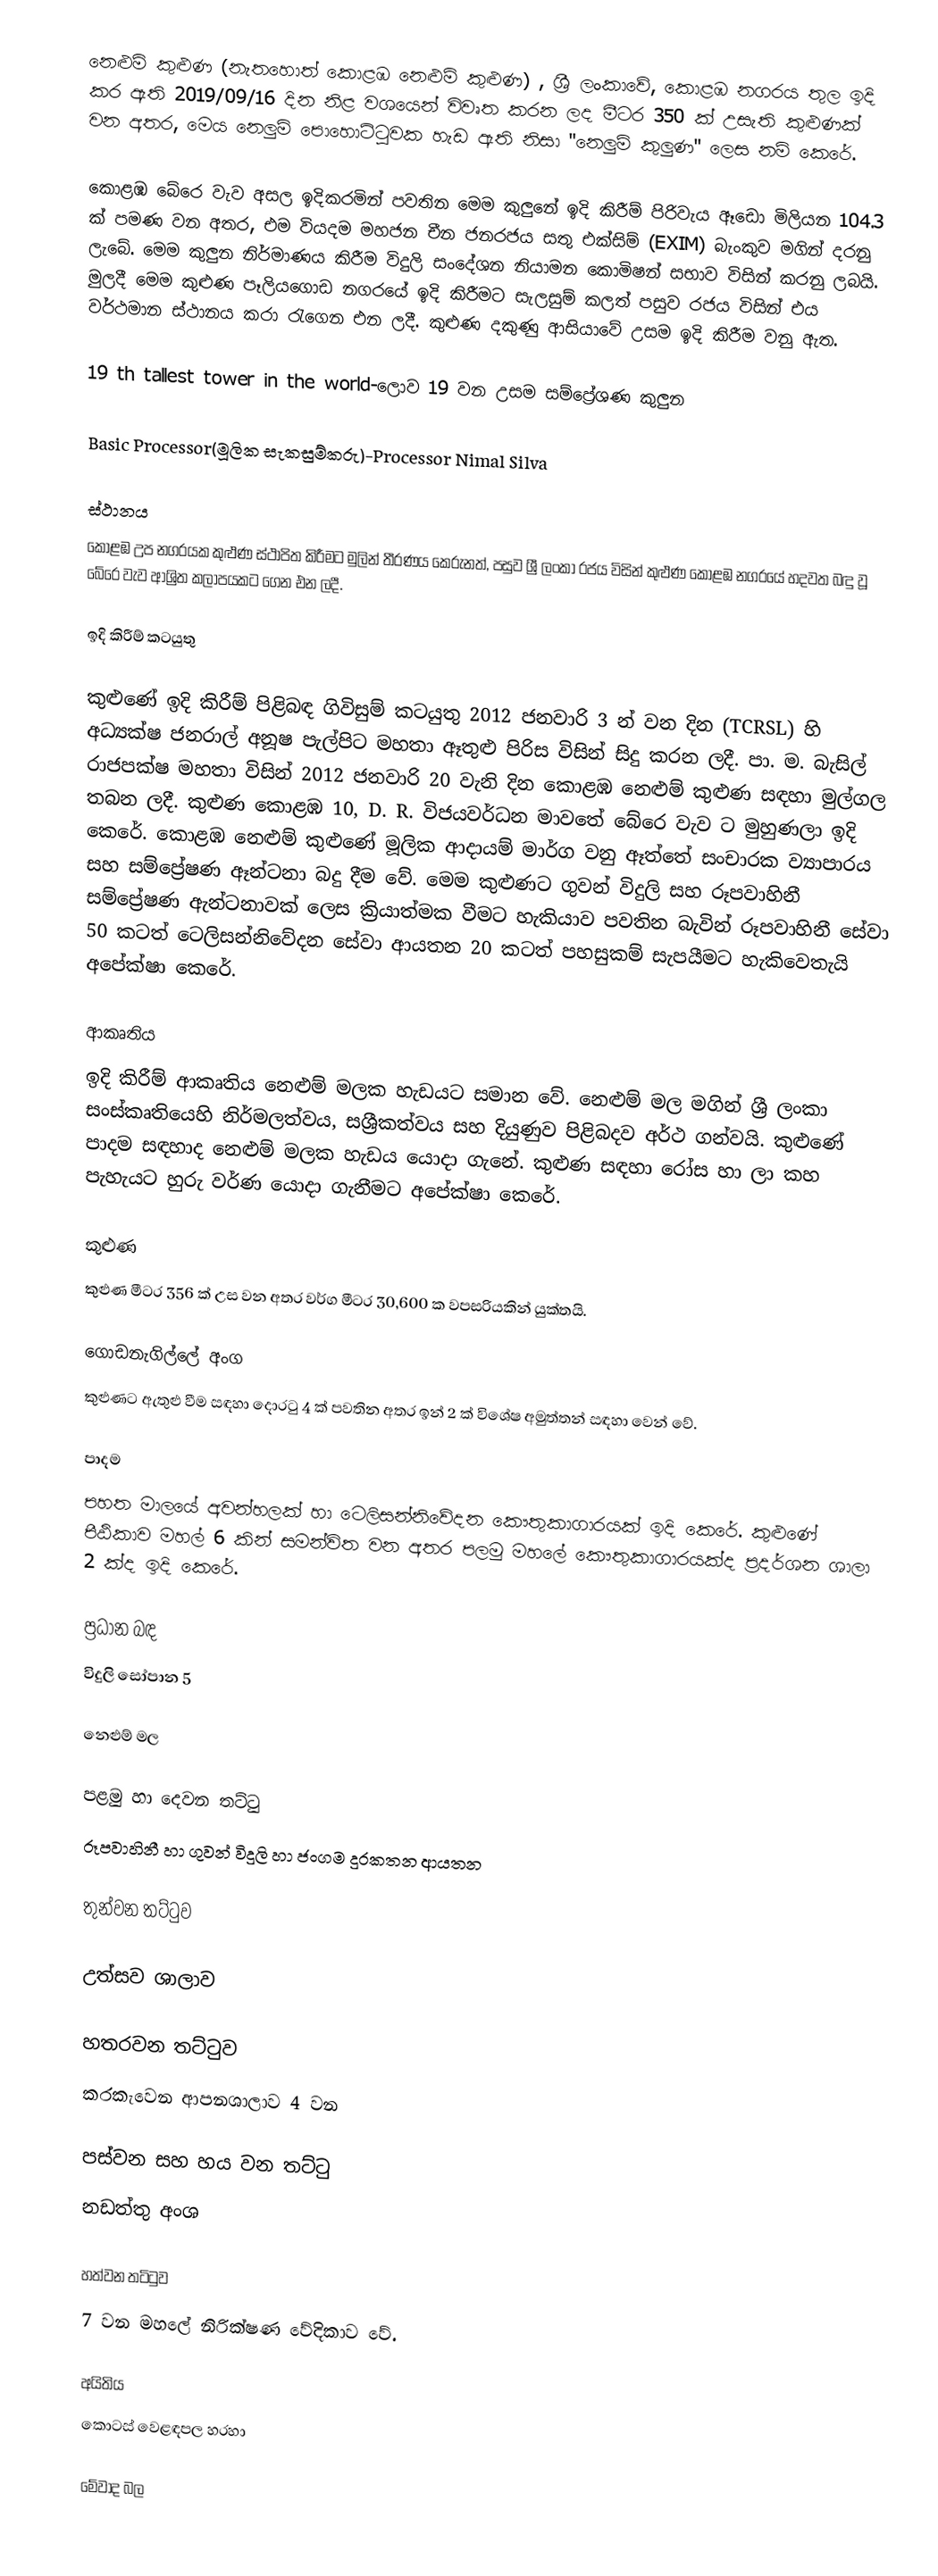
නෙළුම් කුළුණ (නැතහොත් කොළඹ නෙළුම් කුළුණ) , ශ්‍රී ලංකාවේ, කොළඹ නගරය තුල ඉදි කර ඇති 2019/09/16 දින නිළ වශයෙන් විවෘත කරන ලද   මීටර 350 ක් උසැති කුළුණක් වන අතර, මෙය නෙලුම් පොහොට්ටුවක හැඩ ඇති නිසා "නෙලුම් කුලුණ" ලෙස නම් කෙරේ.

‍කොළඹ බේරෙ වැව අසල ඉදිකරමින් පවතින මෙම කුලුනේ ඉදි කිරීම් පිරිවැය ඈඩො මිලියන 104.3 ක් පමණ වන අතර, එම වියදම  මහජන චීන ජනරජය සතු එක්සිම් (EXIM) බැංකුව මගින් දරනු ලැබේ. මෙම කුලුන නිර්මාණය කිරීම විදුලි සංදේශන නියාමන කොමිෂන් සභාව විසින් කරනු ලබයි.  මුලදී මෙම කුළුණ  පෑලියගොඩ නගරයේ ඉදි කිරීමට සැලසුම් කලත් පසුව රජය විසින් එය වර්ථමාන ස්ථානය කරා රැගෙන එන ලදී. කුළුණ දකුණු ආසියාවේ උසම ඉදි කිරීම වනු ඇත.

19 th tallest tower in the world-ලොව 19 වන උසම සම්ප්‍රේශණ කුලුන

Basic Processor(මූලික සැකසුම්කරු)-Processor Nimal Silva

ස්ථානය
කොළඹ උප නගරයක කුළුණ ස්ථාපිත කිරීමට මුලින් තීරණය කෙරුනත්, පසුව ශ්‍රී ලංකා රජය විසින් කුළුණ කොළඹ නගරයේ හදවත බඳු වූ බේරෙ වැව ආශ්‍රිත කලාපයකට ගෙන එන ලදී.

ඉදි කිරීම් කටයුතු

කුළුණේ ඉදි කිරීම් පිළිබඳ ගිවිසුම් කටයුතු 2012 ජනවාරි 3 න් වන දින (TCRSL) හි අධ්‍යක්ෂ ජනරාල් අනූෂ පැල්පිට මහතා ඈතුළු පිරිස විසින් සිදු කරන ලදී. පා. ම. බැසිල් රාජපක්ෂ මහතා විසින් 2012 ජනවාරි 20 වැනි දින කොළඹ නෙළුම් කුළුණ සඳහා මුල්ගල තබන ලදී. කුළුණ කොළඹ 10, D. R. විජයවර්ධන මාවතේ  බේරෙ වැව  ට මුහුණලා ඉදි කෙරේ. කොළඹ නෙළුම් කුළුණේ මූලික ආදායම් මාර්ග වනු ඈත්තේ සංචාරක ව්‍යාපාරය සහ සම්ප්‍රේෂණ ඈන්ටනා බදු දීම වේ. මෙම කුළුණට  ගුවන් විදුලි සහ රූපවාහිනී සම්ප්‍රේෂණ ඇන්ටනාවක් ලෙස ක්‍රියාත්මක වීමට හැකියාව පවතින බැවින්  රූපවාහිනී සේවා 50 කටත් ටෙලිසන්නිවේදන සේවා ආයතන 20 කටත් පහසුකම් සැපයීමට හැකිවෙතැයි අපේක්ෂා කෙරේ.

ආකෘතිය
ඉදි කිරීම් ආකෘතිය නෙළුම් මලක හැඩයට සමාන වේ. නෙළුම් මල මගින් ශ්‍රී ලංකා සංස්කෘතියෙහි නිර්මලත්වය, සශ්‍රීකත්වය සහ දියුණුව පිළිබදව අර්ථ ගන්වයි. කුළුණේ පාදම සඳහාද  නෙළුම් මලක හැඩය යොදා ගැනේ. කුළුණ සඳහා රෝස හා ලා කහ  පැහැයට හුරු වර්ණ යොදා ගැනීමට අපේක්ෂා කෙරේ.

කුළුණ
කුළුණ මීටර 356 ක් උස වන අතර වර්ග මීටර 30,600 ක වපසරියකින් යුක්තයි.

ගොඩනැගිල්ලේ අංග
කුළුණට ඇතුළු වීම සඳහා දොරටු 4 ක් පවතින අතර ඉන් 2 ක් විශේෂ අමුත්තන් සඳහා වෙන් වේ.

පාදම
පහත මාලයේ අවන්හලක් හා ටෙලිසන්නිවේදන කෞතුකාගාරයක් ඉදි කෙරේ. කුළුණේ පීඨිකාව මහල් 6 කින් සමන්විත වන අතර පලමු මහලේ කෞතුකාගාරයක්ද  ප්‍රදර්ශන ශාලා 2 ක්ද ඉදි කෙරේ.

ප්‍රධාන බඳ
විදුලි සෝපාන 5

නෙළුම් මල

පළමු හා දෙවන තට්ටු
රූපවාහිනී හා ගුවන් විදුලි හා ජංගම දුරකතන ආයතන

තුන්වන තට්ටුව

උත්සව ශාලාව

හතරවන තට්ටුව
කරකැවෙන ආපනශාලාව 4 වන

පස්වන සහ හය වන තට්ටු
නඩත්තු අංශ

හත්වන තටිටුව
7 වන මහලේ නිරික්ෂණ වේදිකාව වේ.

අයිතිය
කොටස් වෙළඳපල හරහා

මේවාද බල